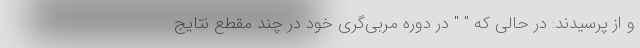
و از پرسیدند: در حالی که " " در دوره مربی‌گری خود در چند مقطع نتایج